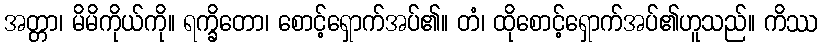
အတ္တာ၊ မိမိကိုယ်ကို။ ရက္ခိတော၊ စောင့်ရှောက်အပ်၏။ တံ၊ ထိုစောင့်ရှောက်အပ်၏ဟူသည်။ ကိဿ